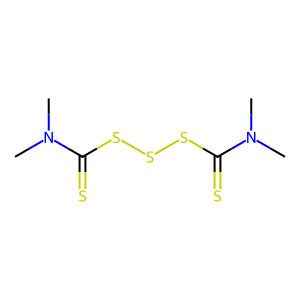
SMILES: CN(C)C(=S)SSSC(=S)N(C)C
Inhibits HIV replication: No